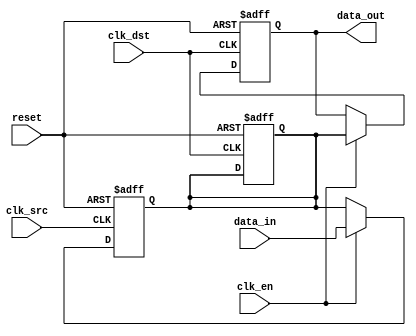
module signal_crossing_synchronizer #(
    parameter STAGES = 2,          // Number of stages for synchronization (2 or 3)
    parameter WIDTH = 1            // Width of the input signal
)(
    input wire clk_src,            // Source clock
    input wire clk_dst,            // Destination clock
    input wire reset,              // Asynchronous reset
    input wire [WIDTH-1:0] data_in, // Input data from source clock domain
    input wire clk_en,             // Clock enable for synchronizer operation
    output reg [WIDTH-1:0] data_out // Synchronized output data to destination clock domain
);

    // Intermediate registers for synchronization
    reg [WIDTH-1:0] sync_stage1;
    reg [WIDTH-1:0] sync_stage2;

    // Stage 1: Capture input signal on clk_src
    always @(posedge clk_src or posedge reset) begin
        if (reset) begin
            sync_stage1 <= {WIDTH{1'b0}}; // Reset to low
        end else if (clk_en) begin
            sync_stage1 <= data_in; // Capture input data
        end
    end

    // Stage 2: Transfer signal to destination clock
    always @(posedge clk_dst or posedge reset) begin
        if (reset) begin
            data_out <= {WIDTH{1'b0}}; // Reset to low
        end else if (clk_en) begin
            data_out <= sync_stage2; // Transfer the signal to output
        end
    end

    // Stage 3: Additional synchronization stage (if STAGES==3)
    generate
        if (STAGES == 3) begin
            always @(posedge clk_dst or posedge reset) begin
                if (reset) begin
                    sync_stage2 <= {WIDTH{1'b0}}; // Reset to low
                end else if (clk_en) begin
                    sync_stage2 <= sync_stage1; // Second stage transfer
                end
            end
        end else begin
            assign sync_stage2 = sync_stage1; // Assign without a flip-flop for 2 stage
        end
    endgenerate

    // Stage 2 logic (for 2 stages, directly connect to output)
    if (STAGES == 2) begin
        always @(posedge clk_dst or posedge reset) begin
            if (reset) begin
                sync_stage2 <= {WIDTH{1'b0}}; // Reset to low
            end else if (clk_en) begin
                sync_stage2 <= sync_stage1; // Second stage transfer
            end
        end
    end
endmodule